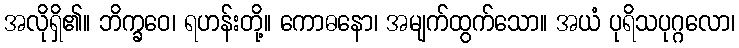
အလိုရှိ၏။ ဘိက္ခဝေ၊ ရဟန်းတို့။ ကောဓနော၊ အမျက်ထွက်သော။ အယံ ပုရိသပုဂ္ဂလော၊